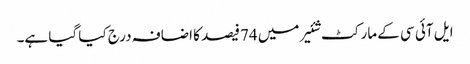
ایل آئی سی کے مارکٹ شئیر میں 74فیصد کا اضافہ درج کیا گیا ہے۔